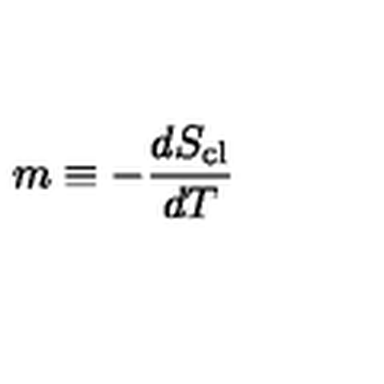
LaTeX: m \equiv - \frac { d S _ { \mathrm { c l } } } { d T }